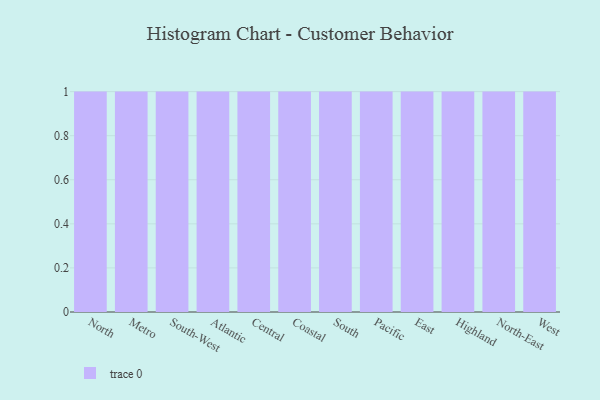
{"axis": {"x": "Region", "y": "Temperature (°C)"}, "legend": [""], "data": [{"x": "North", "y": 64, "type": ""}, {"x": "Metro", "y": 87, "type": ""}, {"x": "South-West", "y": 33, "type": ""}, {"x": "Atlantic", "y": 82, "type": ""}, {"x": "Central", "y": 75, "type": ""}, {"x": "Coastal", "y": 46, "type": ""}, {"x": "South", "y": 80, "type": ""}, {"x": "Pacific", "y": 61, "type": ""}, {"x": "East", "y": 41, "type": ""}, {"x": "Highland", "y": 1, "type": ""}, {"x": "North-East", "y": 31, "type": ""}, {"x": "West", "y": 39, "type": ""}]}